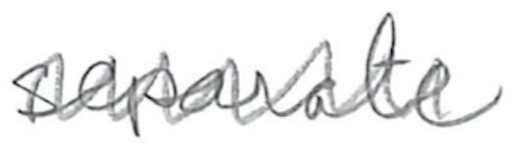
Text: separate
Cross-out: mix
Writing tool: pencil